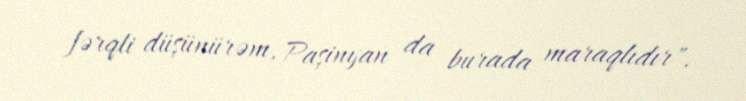
fərqli düşünürəm, Paşinyan da burada maraqlıdır".